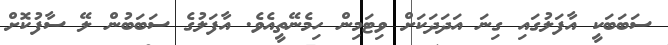
ސަބަބަކީ އާފަލުގައި ގިނަ އަދަދަކަށް ވިޓަމިން ހިމެނޭތީއެވެ. އާފަލުގެ ސަބަބުން ލޭ ސާފުކޮށް